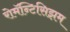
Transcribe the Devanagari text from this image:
रोमॅन्टिसिझम